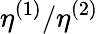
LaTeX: \eta^{(1)}/\eta^{(2)}